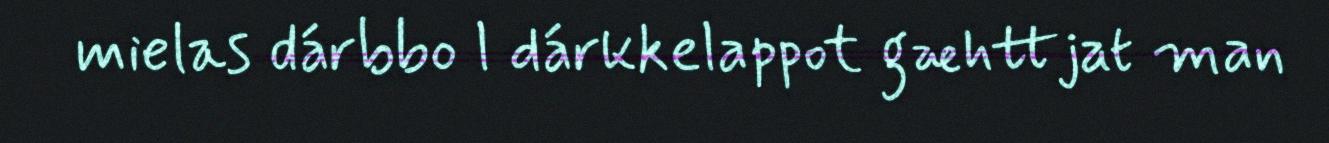
mielas dárbbo l dárkkelappot gæhttjat man